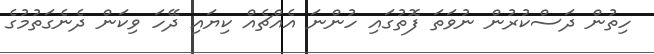
ހިތުން ދަސްކުރުން ނުވަތަ ފޮތުގައި ހުންނަ އެއްޗެއް ކިޔައި ދޭހަ ވިކަން ދެނެގަތުމުގެ